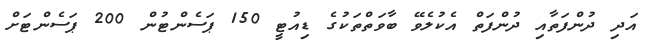
އަދި ދުންފަތާއި ދުންފަތް އެކުލެވޭ ބާވަތްތަކުގެ ޑިއުޓީ 150 ޕަސެންޓުން 200 ޕަސެންޓަށް